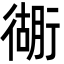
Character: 衚